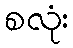
စလုံး